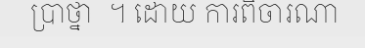
ប្រាថ្នា  ។ ដោយ ការពិចារណា